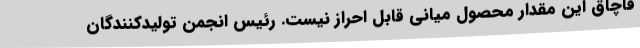
قاچاق این مقدار محصول میانی قابل احراز نیست. رئیس انجمن تولیدکنندگان